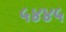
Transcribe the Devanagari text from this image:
५४४५